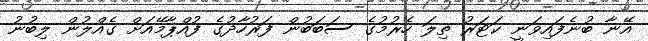
އޭނާ ބުނެފައިވަނީ ކަޓަރު ތިލަ ހެރުމުގެ ސަބަބުން ފަރުހާދުގެ ފުއްޕާމޭއަށް ގެއްލުން ލިބުނު